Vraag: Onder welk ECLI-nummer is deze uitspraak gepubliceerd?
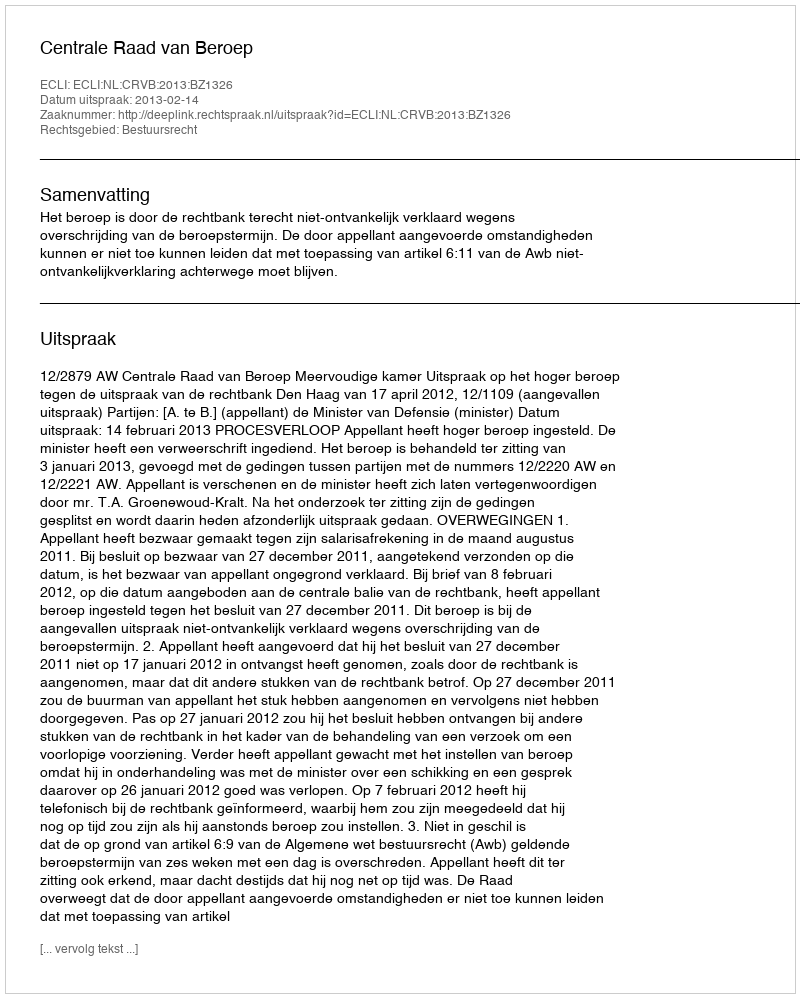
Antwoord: ECLI:NL:CRVB:2013:BZ1326